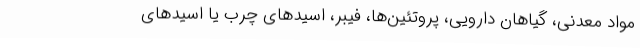
مواد معدنی، گیاهان دارویی، پروتئین‌ها، فیبر، اسیدهای چرب یا اسیدهای